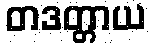
တဒတ္တာယ